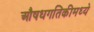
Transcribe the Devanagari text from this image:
औषधगतिकीमध्ये